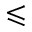
\leqslant